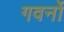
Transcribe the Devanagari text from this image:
गवर्नो